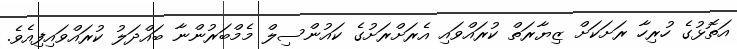
އަތޮޅުގެ ހުރިހާ ރަށަކަށް ޒިޔާރަތް ކުރައްވައި އެރަށްރަށުގެ ކައުންސިލް މެމްބަރުންނާ ބައްދަލު ކުރައްވައިފިއެވެ.